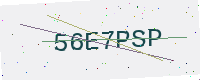
Text: 56E7PSP